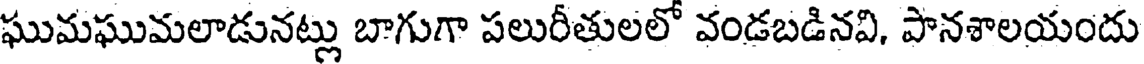
ఘుమఘుమలాడునట్లు బాగుగా పలురీతులలో వండబడినవి, పానశాలయందు